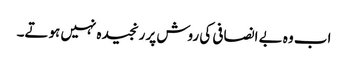
اب وہ بے انصافی کی روش پر رنجیدہ نہیں ہوتے۔